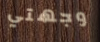
وجهتي